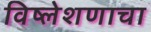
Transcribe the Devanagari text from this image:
विष्लेशणाचा